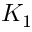
K _ { 1 }